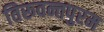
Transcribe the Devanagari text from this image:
तिरूवन्तपुरम